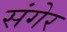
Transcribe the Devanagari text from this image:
संगेर